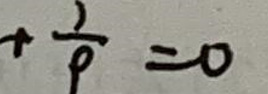
$+ \frac{1}{p}=0$